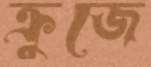
ক্রুজে